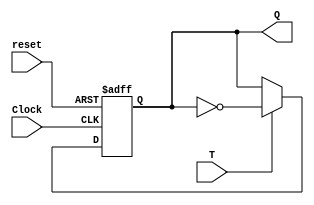
module flipflopT(T,Clock,reset,Q);
	input T,reset,Clock;
	output reg Q;
	always@(negedge reset or negedge Clock)
	begin
		if(!reset)
			Q <= 0;
		else
		begin
			if(T)
				Q <= ~Q;
			else
				Q <= Q;
		end
	end
endmodule

module q3(Clock,reset,Q);
	input Clock,reset;
	output [0:3]Q;
	
	flipflopT stage0(1'b1,Clock,reset,Q[3]);
	flipflopT stage1(1'b1,Q[3],reset,Q[2]);
	flipflopT stage2(1'b1,Q[2],reset,Q[1]);
	flipflopT stage3(1'b1,Q[1],reset,Q[0]);
endmodule